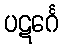
ပဋင်္ဂေ